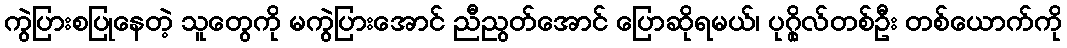
ကွဲပြားစပြုနေတဲ့ သူတွေကို မကွဲပြားအောင် ညီညွတ်အောင် ပြောဆိုရမယ်၊ ပုဂ္ဂိုလ်တစ်ဦး တစ်ယောက်ကို